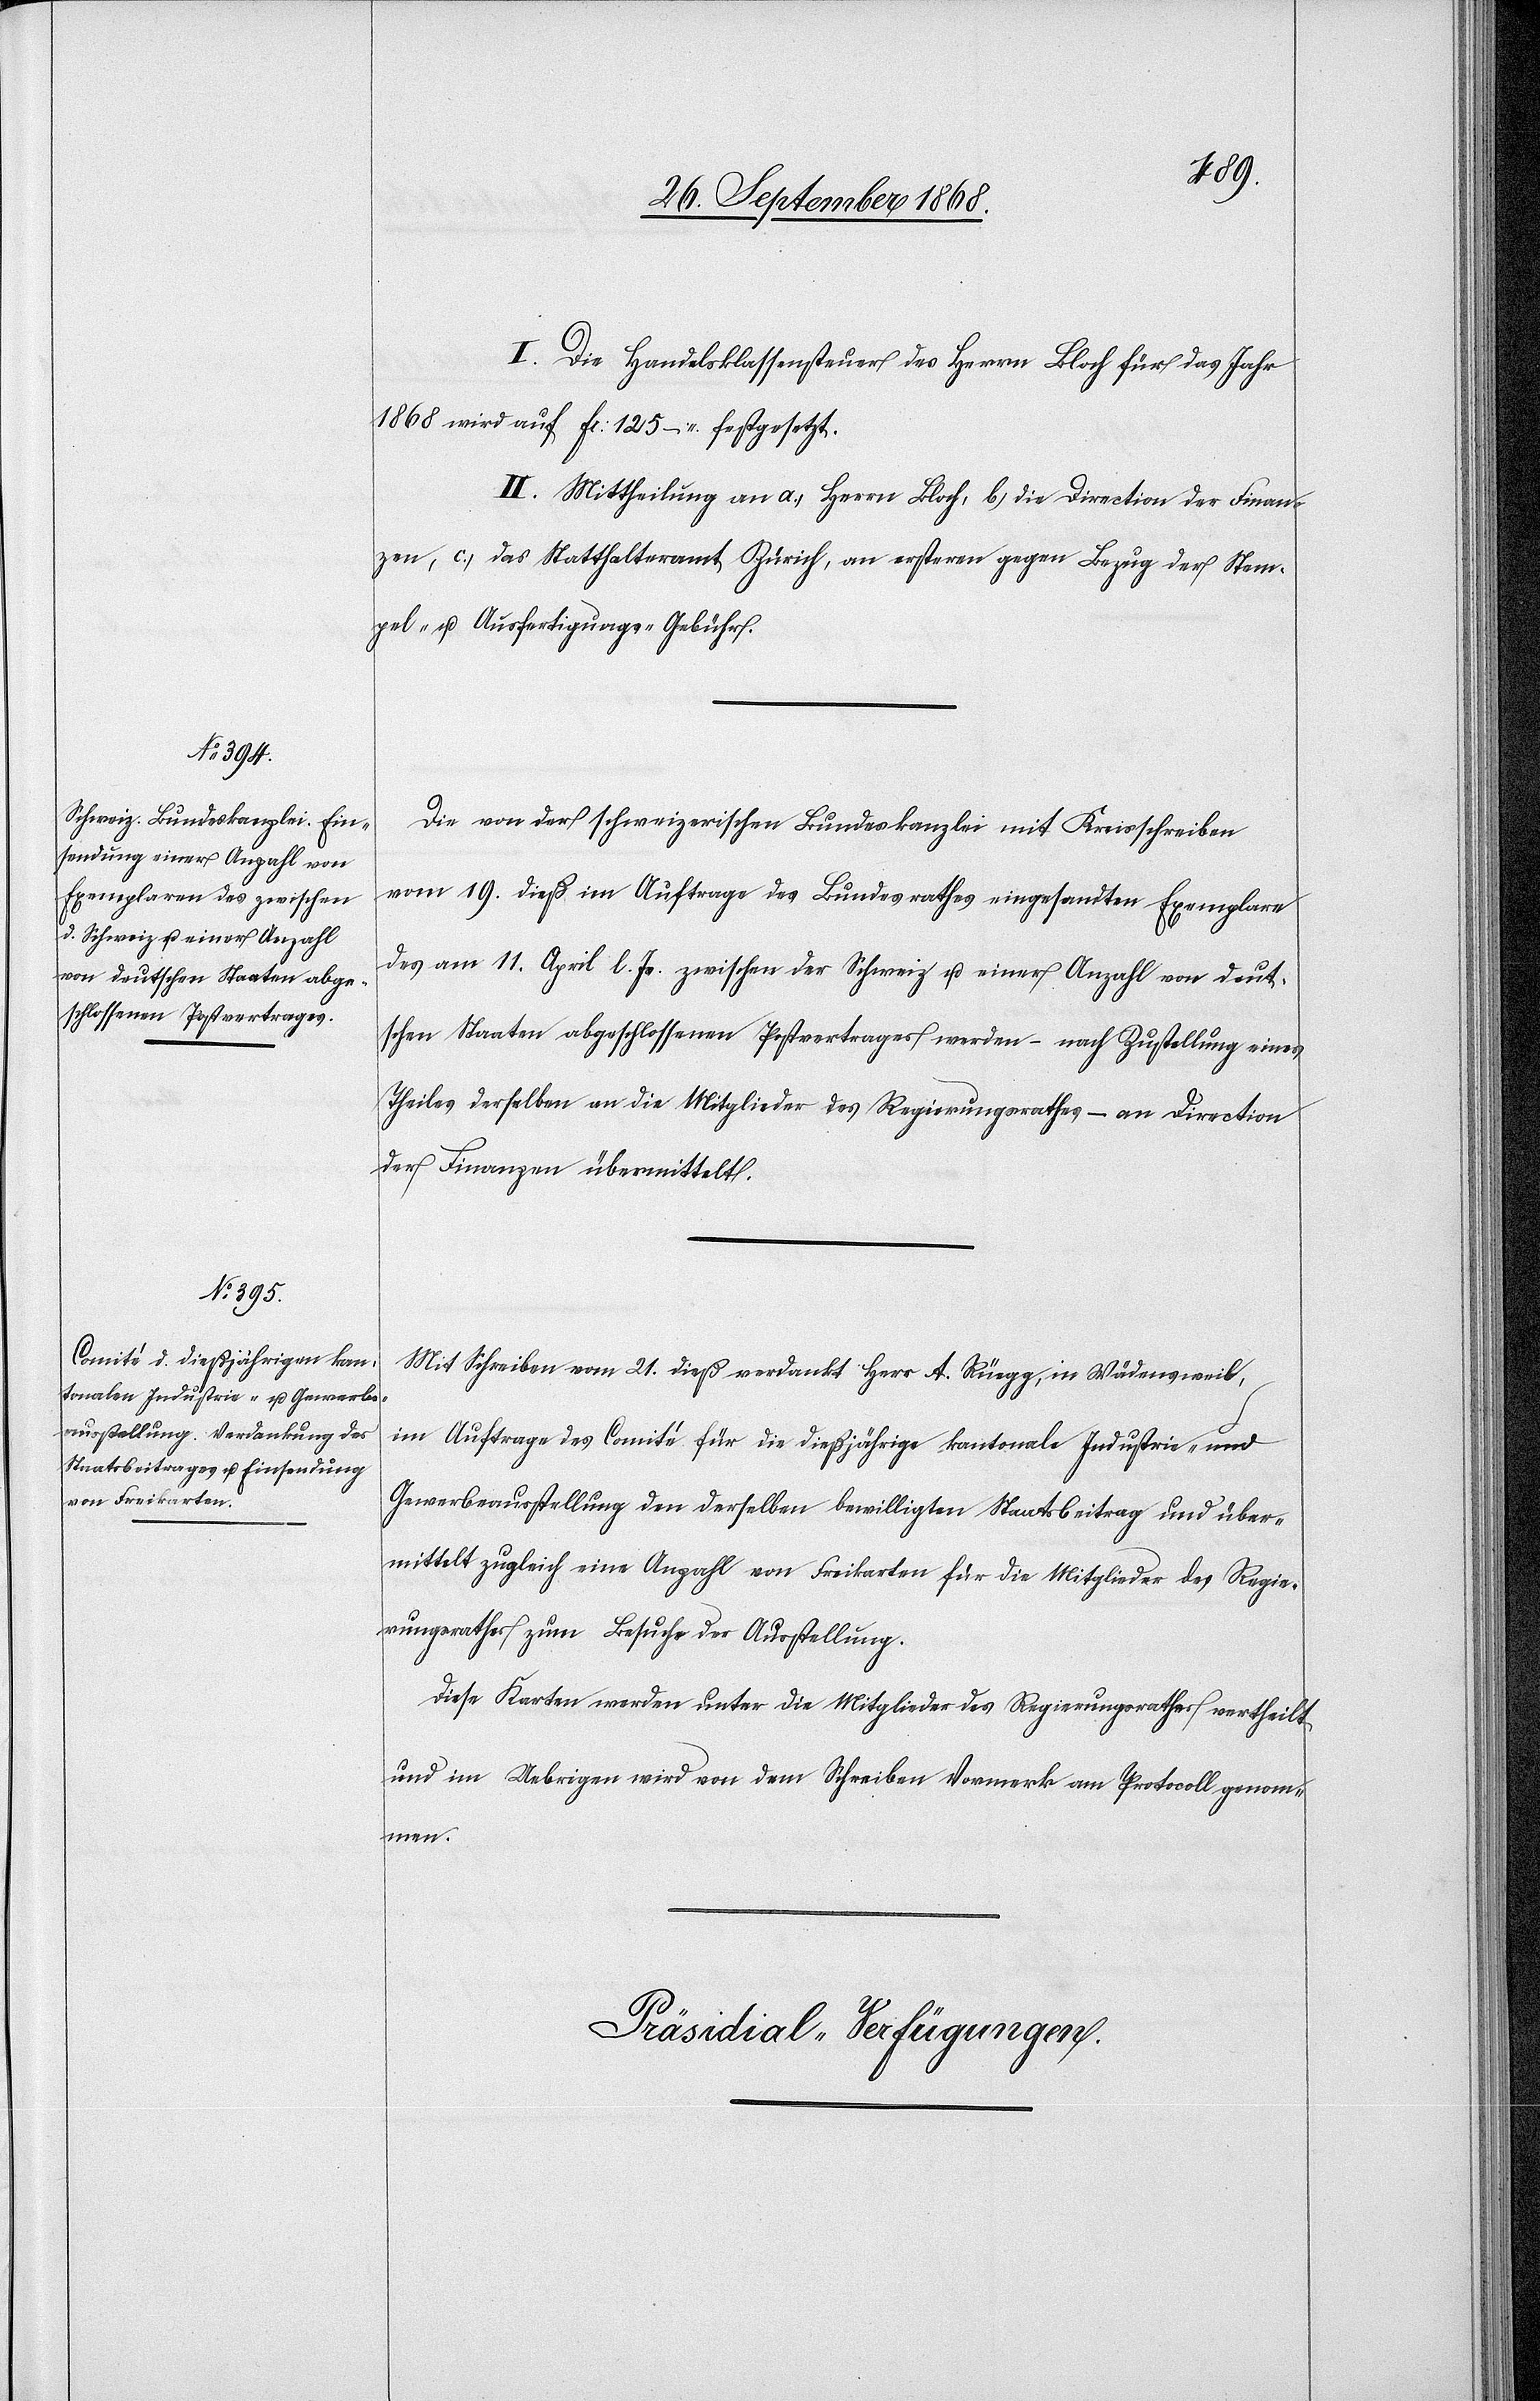
I. Die Handelsklassensteuer des Herrn Bloch für das Jahr
1868 wird auf Fr: 125 – festgesetzt.
II. Mittheilung an a.) Herrn Bloch, b.) die Direction der Finan¬
zen, c.) das Statthalteramt Zürich, an ersteren gegen Bezug der Stem¬
pel- u. Ausfertigungs-Gebühr.
Die von der schweizerischen Bundeskanzlei mit Kreisschreiben
vom 19. dieß im Auftrage des Bundesrathes eingesandten Exemplare
des am 11. April l. Js. zwischen der Schweiz u. einer Anzahl von deut¬
schen Staaten abgeschlossenen Postvertrages werden – nach Zustellung eines
Theiles derselben an die Mitglieder des Regierungsrathes – an [die] Direction
der Finanzen übermittelt.
Mit Schreiben vom 21. dieß verdankt Herr A. Rüegg, in Wädensweil,
im Auftrage des Comité für die dießjährige kantonale Industrie- und
Gewerbeausstellung den derselben bewilligten Staatsbeitrag und über¬
mittelt zugleich eine Anzahl von Freikarten für die Mitglieder des Regie¬
rungsrathes zum Besuche der Ausstellung.
Diese Karten werden unter die Mitglieder des Regierungsrathes vertheilt
und im Uebrigen wird von dem Schreiben Vormerk am Protocoll genom¬
men.
Präsidial-Verfügungen.